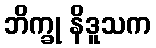
ဘိက္ခု နိဒူသက